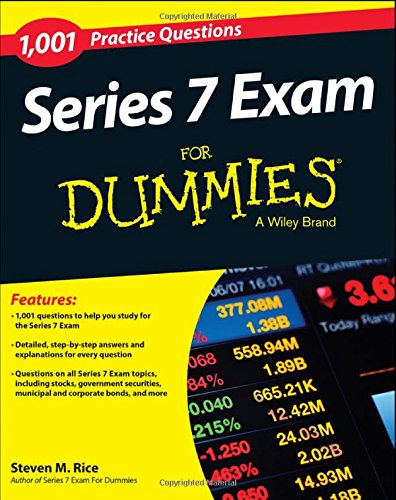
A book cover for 1,001 Series 7 Exam Practice Questions For Dummies; Steven M. Rice; Test Preparation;